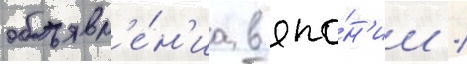
объявл'е́н'иа в япо́н'ии /